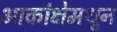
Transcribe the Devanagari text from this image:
आकांक्षेमधुन